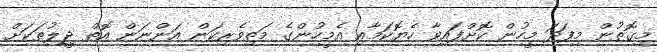
މިގޮތުން މިފަދަ މީހުން ކޮށްފައިވާ ހެޔޮކަމާއި އެމީހުންގެ މަތިވެރިކަން އަންނަން އޮތް ޖީލުތަކަށް